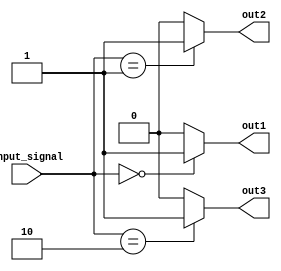
module Decoder(
    input [2:0] input_signal,
    output reg out1,
    output reg out2,
    output reg out3
);

always @(*)
begin
    case(input_signal)
        3'b000: begin
            out1 = 1;
            out2 = 0;
            out3 = 0;
        end
        3'b001: begin
            out1 = 0;
            out2 = 1;
            out3 = 0;
        end
        3'b010: begin
            out1 = 0;
            out2 = 0;
            out3 = 1;
        end
        default: begin
            out1 = 0;
            out2 = 0;
            out3 = 0;
        end
    endcase
end

endmodule